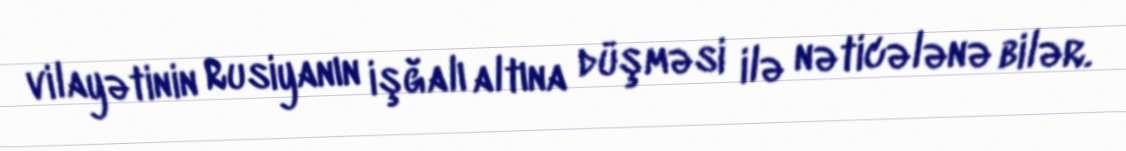
vilayətinin Rusiyanın işğalı altına düşməsi ilə nəticələnə bilər.